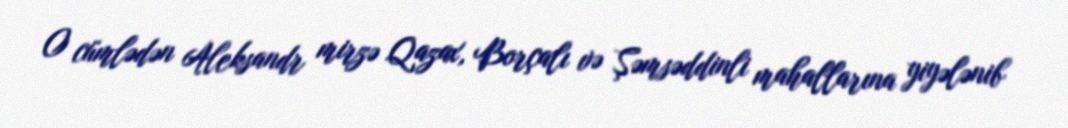
O cümlədən Aleksandr mirzə Qazax, Borçalı və Şəmsəddinli mahallarına yiyələnib